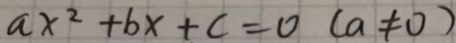
a x ^ { 2 } + b x + c = 0 ( a \neq 0 )